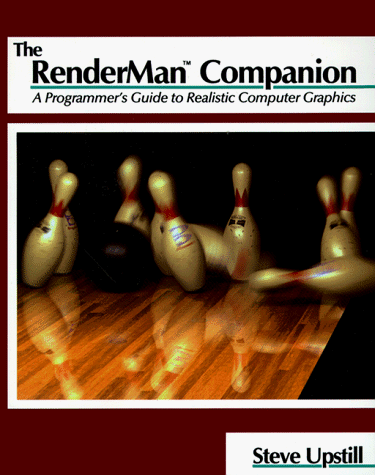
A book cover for The RenderMan Companion: A Programmer's Guide to Realistic Computer Graphics; Steve Upstill; Computers & Technology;